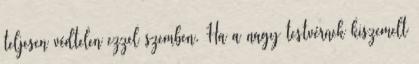
teljesen védtelen ezzel szemben. Ha a nagy testvérnek kiszemelt